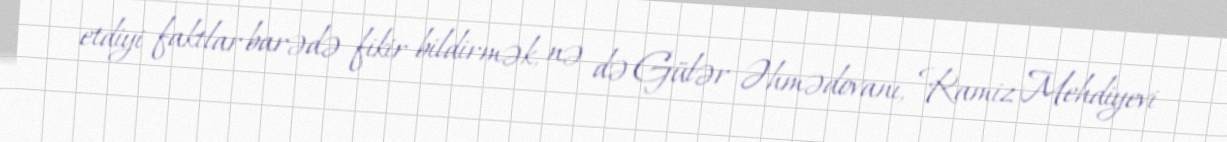
etdiyi faktlar barədə fikir bildirmək, nə də Gülər Əhmədovanı, Ramiz Mehdiyevi